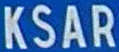
KSAR